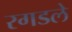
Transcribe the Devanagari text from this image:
रगडले